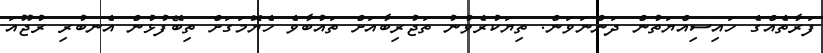
ފަރާތެއްގެ ހައިސިއްޔަތުން ދަންނަވަން. ތިޔަކުރެވުނު ތަޖުރިބާއަށް ތައުބާވެ ހެޔޮމަގަށް ތިބޭފުޅުން އެނބުރި ރުޖޫއަ